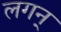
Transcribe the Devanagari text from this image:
लगन्